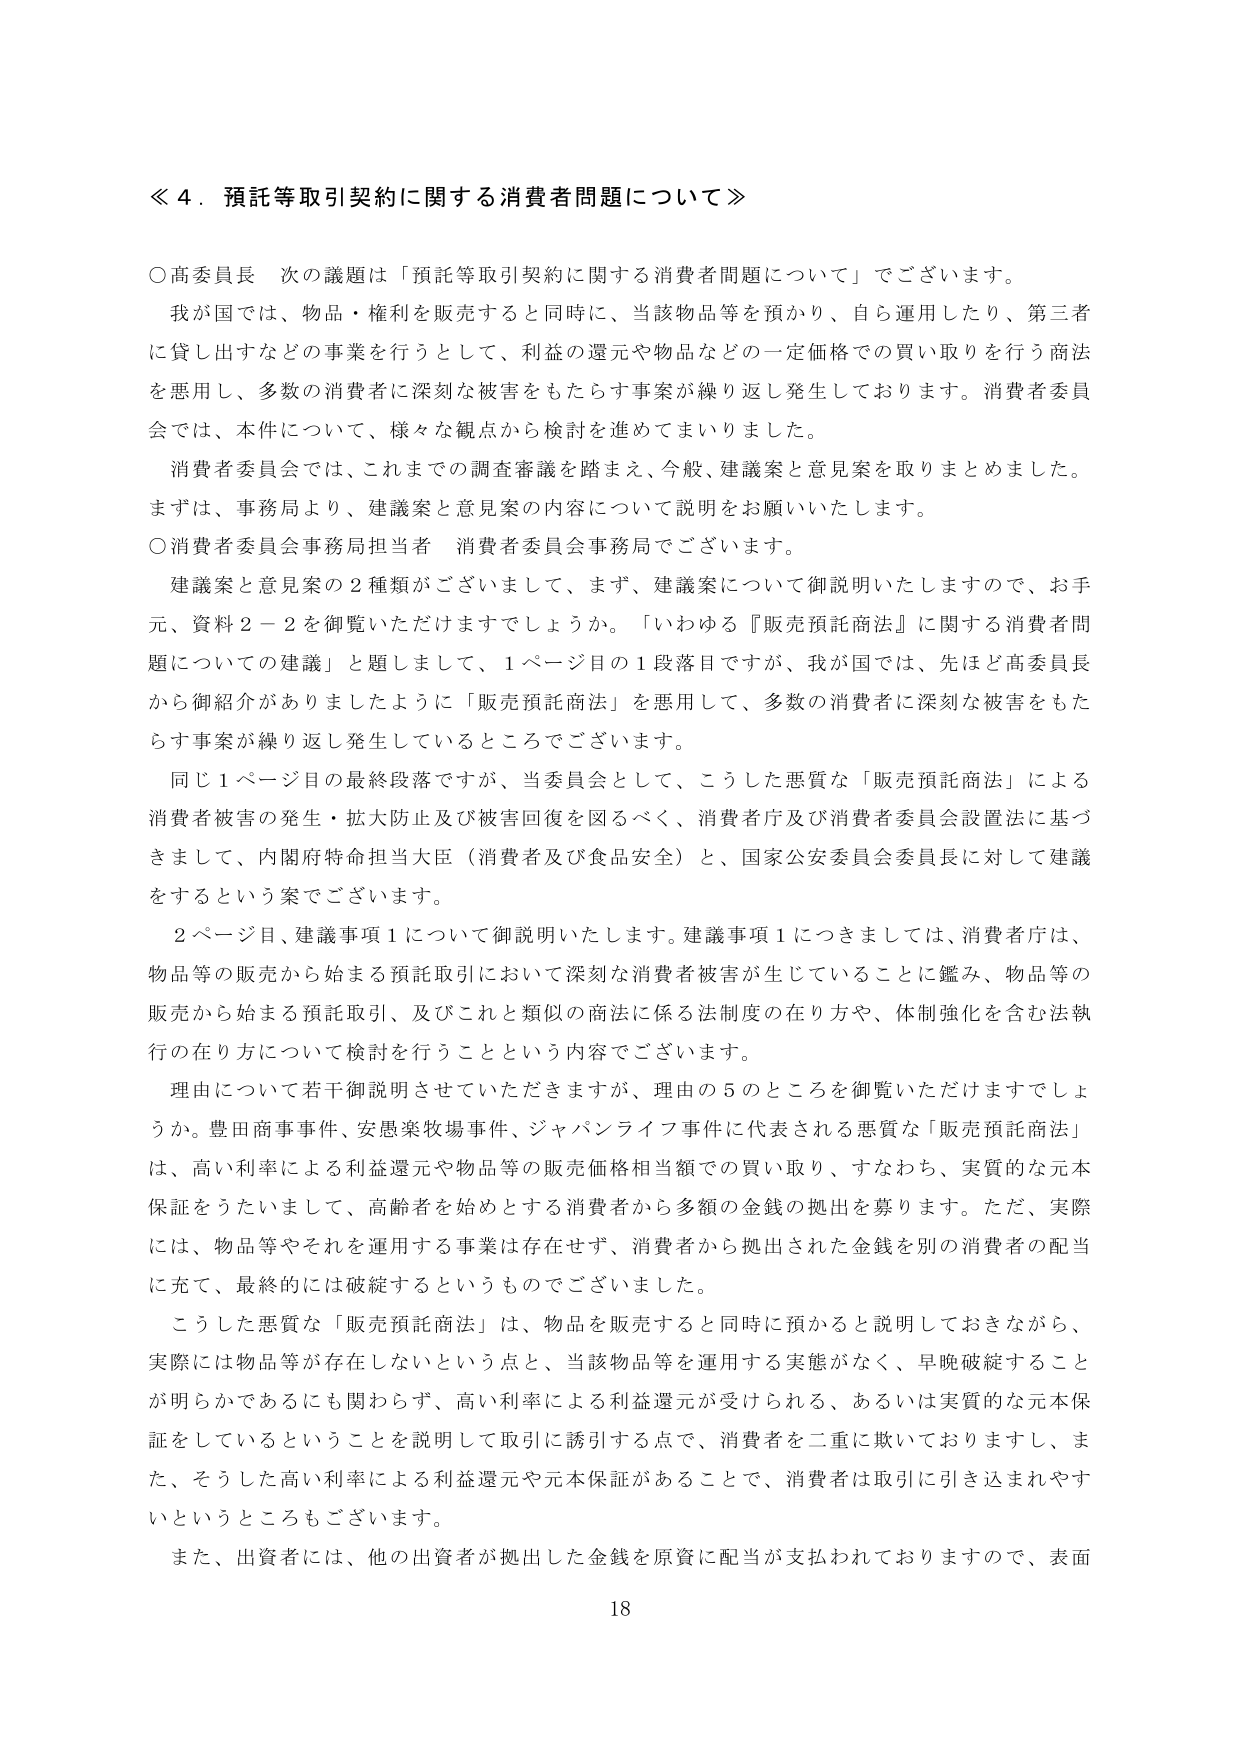
≪４．預託等取引契約に関する消費者問題について≫

○高委員長　次の議題は「預託等取引契約に関する消費者問題について」でございます。
　我が国では、物品・権利を販売すると同時に、当該物品等を預かり、自ら運用したり、第三者に貸し出すなどの事業を行うとして、利益の還元や物品などの一定価格での買い取りを行う商法を悪用し、多数の消費者に深刻な被害をもたらす事案が繰り返し発生しております。消費者委員会では、本件について、様々な観点から検討を進めてまいりました。
　消費者委員会では、これまでの調査審議を踏まえ、今般、建議案と意見案を取りまとめました。まずは、事務局より、建議案と意見案の内容について説明をお願いいたします。

○消費者委員会事務局担当者　消費者委員会事務局でございます。
　建議案と意見案の２種類がございまして、まず、建議案について御説明いたしますので、お手元、資料２－２を御覧いただけますでしょうか。「いわゆる『販売預託商法』に関する消費者問題についての建議」と題しまして、１ページ目の１段落目ですが、我が国では、先ほど高委員長から御紹介がありましたように「販売預託商法」を悪用して、多数の消費者に深刻な被害をもたらす事案が繰り返し発生しているところでございます。
　同じ１ページ目の最終段落ですが、当委員会として、こうした悪質な「販売預託商法」による消費者被害の発生・拡大防止及び被害回復を図るべく、消費者庁及び消費者委員会設置法に基づきまして、内閣府特命担当大臣（消費者及び食品安全）と、国家公安委員会委員長に対して建議をするという案でございます。
　２ページ目、建議事項１について御説明いたします。建議事項１につきましては、消費者庁は、物品等の販売から始まる預託取引において深刻な消費者被害が生じていることに鑑み、物品等の販売から始まる預託取引、及びこれを類似の商法に係る法制度の在り方や、体制強化を含む法執行の在り方について検討を行うことという内容でございます。
　理由について若干御説明させていただきますが、理由の５のところを御覧いただけますでしょうか。豊田商事事件、安愚楽牧場事件、ジャパンライフ事件に代表される悪質な「販売預託商法」は、高い利率による利益還元や物品等の販売価格相当額での買い取り、すなわち、実質的な元本保証をうたいまして、高齢者を始めとする消費者から多額の金銭の拠出を募ります。ただ、実際には、物品等やそれを運用する事業は存在せず、消費者から拠出された金銭を別の消費者の配当に充て、最終的には破綻するというものでございました。
　こうした悪質な「販売預託商法」は、物品を販売すると同時に預かると説明しておきながら、実際には物品等が存在しないという点と、当該物品等を運用する実態がなく、早晩破綻することが明らかであるにも関わらず、高い利率による利益還元が受けられる、あるいは実質的な元本保証をしているということを説明して取引に誘引する点で、消費者を二重に欺いておりますし、また、そうした高い利率による利益還元や元本保証があることで、消費者は取引に引き込まれやすいというところもございます。
　また、出資者には、他の出資者が拠出した金銭を原資に配当が支払われておりますので、表面

18